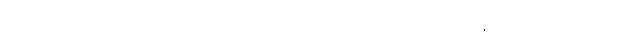
စိတ်မရှိသည်ဖြစ်၍လည်း။ သဒ္ဓံ၊ သူတော်ကောင်းတရားကို။ သောတုံ၊ နာခြင်းငှာ။ ဣစ္ဆတိ၊